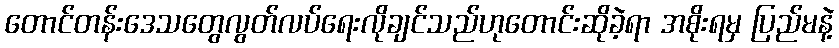
တောင်တန်းဒေသတွေလွတ်လပ်ရေးလိုချင်သည်ဟုတောင်းဆိုခဲ့ရာ အစိုးရမှ ပြည်မနဲ့